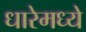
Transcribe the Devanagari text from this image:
धारेमध्ये